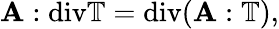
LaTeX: \mathbf A:\mathrm{div}\mathbb T=\mathrm{div}(\mathbf A:\mathbb T),